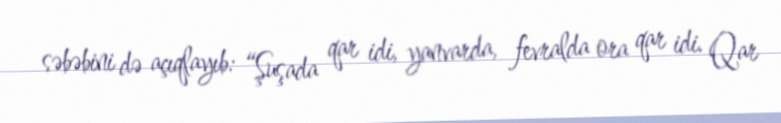
səbəbini də açıqlayıb: “Şuşada qar idi, yanvarda, fevralda ora qar idi. Qar